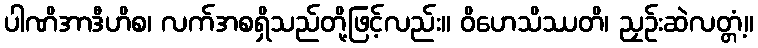
ပါဏိအာဒီဟိစ၊ လက်အစရှိသည်တို့ဖြင့်လည်း။ ဝိဟေသိဿတိ၊ ညှဉ်းဆဲလတ္တံ့။